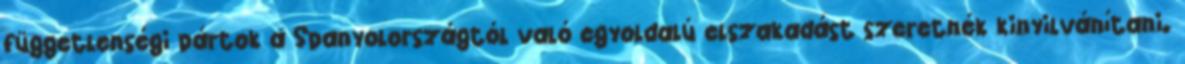
függetlenségi pártok a Spanyolországtól való egyoldalú elszakadást szeretnék kinyilvánítani.